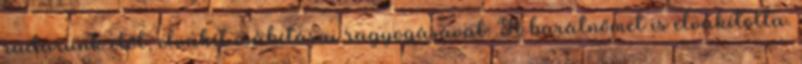
radarunk elől, elvakít csábításai ragyogásával. A barátnőmet is elvakította.